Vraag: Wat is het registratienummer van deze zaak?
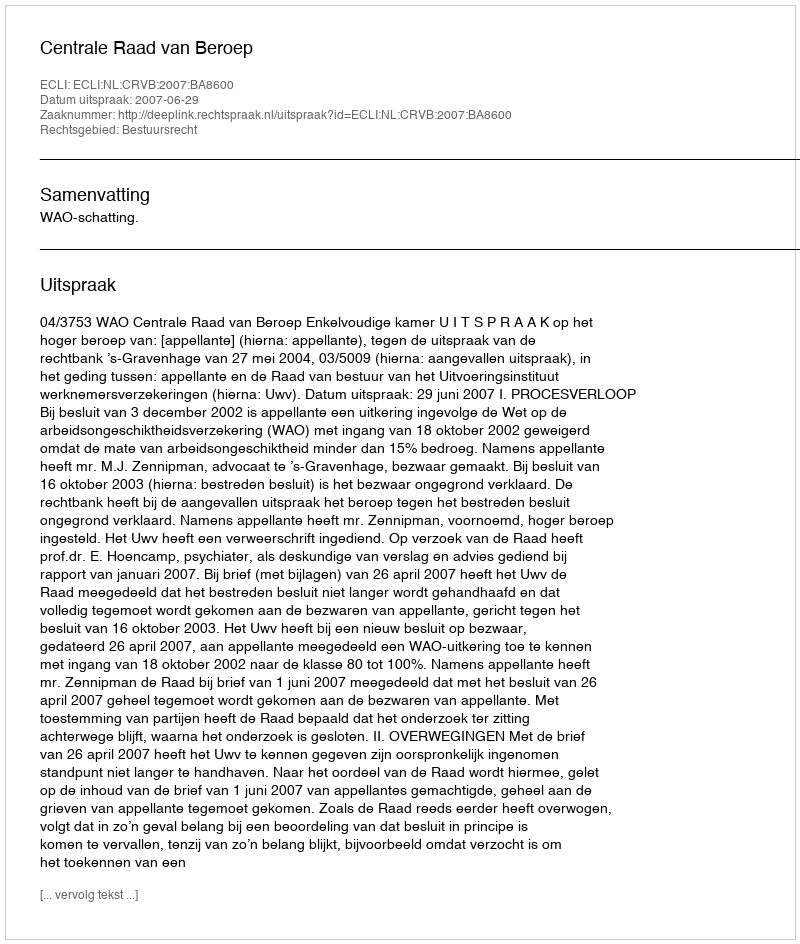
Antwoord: http://deeplink.rechtspraak.nl/uitspraak?id=ECLI:NL:CRVB:2007:BA8600